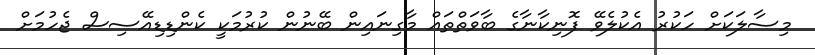
މިސާލަކަށް ހަކުރު އެކުލެވޭ ފޮނިކާނާގެ ބާވަތްތައް މާގިނައިން ބޭނުން ކުރުމަކީ ކެންޑިޑިއޭސިސް ޖެހުމަށް